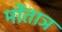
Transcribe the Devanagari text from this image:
मोंताञ